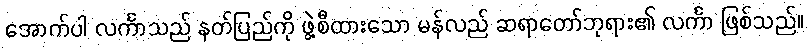
အောက်ပါ လင်္ကာသည် နတ်ပြည်ကို ဖွဲ့စီထားသော မန်လည် ဆရာတော်ဘုရား၏ လင်္ကာ ဖြစ်သည်။